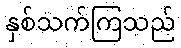
နှစ်သက်ကြသည်